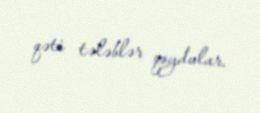
qəti tələblər qoydular.